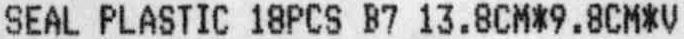
SEAL PLASTIC 18PCS B7 13.8CM*9.8CM*V